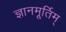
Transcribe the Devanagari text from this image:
ज्ञानमूर्तिम्